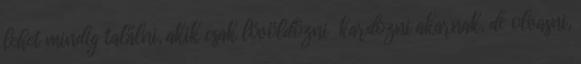
lehet mindig találni, akik csak lövöldözni kardozni akarnak, de olvasni,